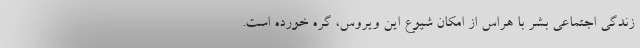
زندگی اجتماعی بشر با هراس از امکان شیوع این ویروس، گره خورده است.